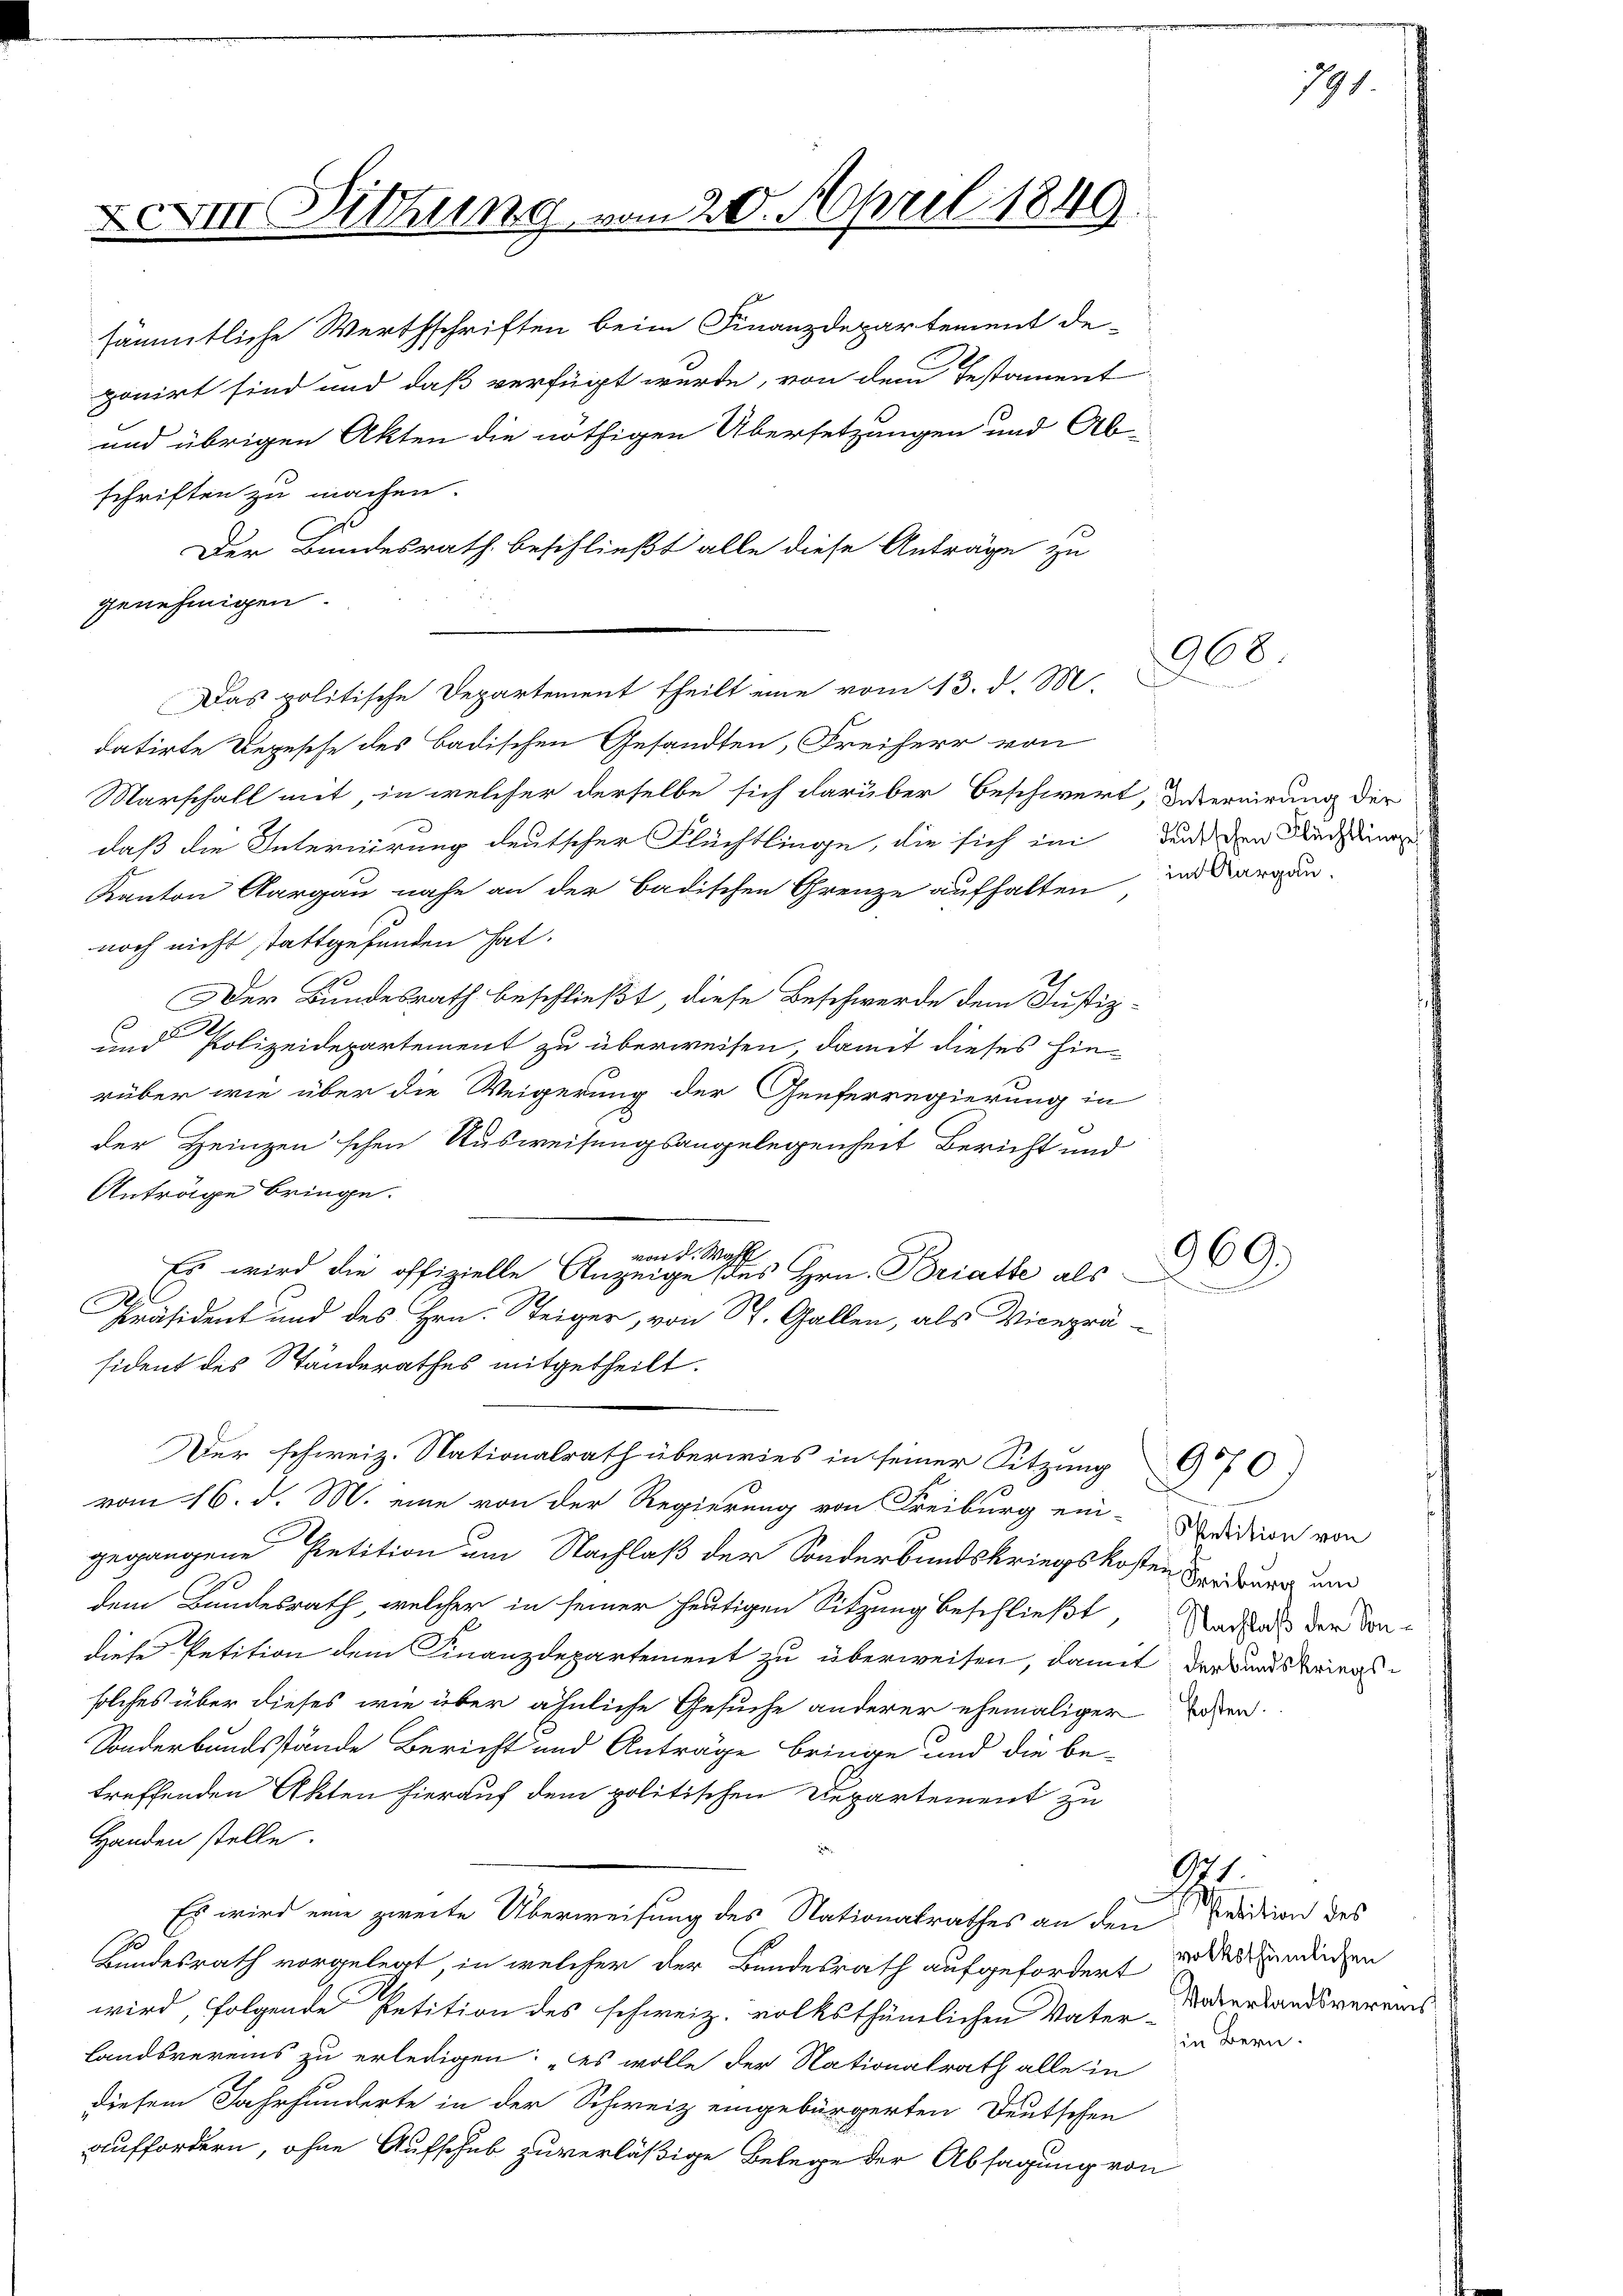
XVII Vithing vom 20. April 1849

sämmtliche Werthschriften beim Finanzdepartement de-
ponirt sind und daß verfügt wurde, von dem Testament
und übrigen Akten die nöthigen Übersetzungen und Ab-
schriften zu machen.
Der Bundesrath beschließt alle diese Anträge zu
genehmigen.
datirte Regesche des Badischen Gesandten, Freiherr von
Marschall mit, in welcher derselbe sich darüber beschwert, Unternirung der
daß die Internirung deutscher Flüchtlinge, die sich ein und den Nachtung
Kanton Aargau nahe an der Badischen Grenze aufhalten in Bargen-
noch nicht stattgefunden hat.
Der Bundesrath beschließt, diese Beschwerde dem Justiz-
und Polizeidepartement zu überweisen, damit dieses hie-
rüber wie über die Weigerung der Genferregierung in
der Heinzen schen Ausweisungsangelegenheit Bericht und
Anträge bringe.
Präsident und des Hrn. Steiger, von St. Gallen, als Vicepräsident des Ständerathes mitgetheilt.
Der schweiz. Nationalrath überwies in seiner Sitzung 970
vom 16. d. M. eine von der Regierung von Freiburg ein-
gegangene Petition um Nachlaß der Sonderbundskriegskosten Fridauer und
dem Bundesrath, welcher in seiner heutigen Sitzung beschließt
diese Petition dem Finanzdepartement zu überweisen, damit der Landskriegssolches über dieses wie über ähnliche Gesuche anderer ehemaliger
Sonderbundsstände Bericht und Anträge bringe und die be-
treffenden Akten hierauf dem politischen Departement zu
Handen stelle.
Es wird eine zweite Überweisung des Nationalrathes an den Predition des
Bundesrath vorgelegt, in welcher der Bundesrath aufgefordert so direndenden
wird, folgende Petition des schweiz. volksthümlichen Vater Vaterlandsvereins
landsvereins zu erledigen: „es wolle der Nationalrath alle in
diesem Jahrhunderte in der Schweiz eingebürgerten Deutschen
auffordern, ohne Aufschub zuverläßige Belege der Absagung von

Es wird die offizielle Anzeige des Hrn. Bratte als

Das politische Departement theilt eine vom 13. d. M.

von d. Wahl

968.

191

969.

Spetition von
Nachlaß der Son¬

kosten.

S

in Bern.